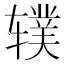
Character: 𫐗